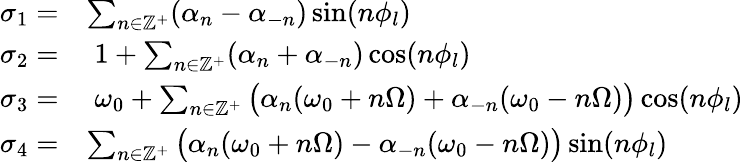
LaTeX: \begin{array}{rl}{\sigma_{1}=}&{\sum_{n\in\mathbb{Z}^{+}}(\alpha_{n}-\alpha_{-n})\sin(n\phi_{l})}\\ {\sigma_{2}=}&{\; 1+\sum_{n\in\mathbb{Z}^{+}}(\alpha_{n}+\alpha_{-n})\cos(n\phi_{l})}\\ {\sigma_{3}=}&{\; \omega_{0}+\sum_{n\in\mathbb{Z}^{+}}\big(\alpha_{n}(\omega_{0}+n\Omega)+\alpha_{-n}(\omega_{0}-n\Omega)\big)\cos(n\phi_{l})}\\ {\sigma_{4}=}&{\sum_{n\in\mathbb{Z}^{+}}\big(\alpha_{n}(\omega_{0}+n\Omega)-\alpha_{-n}(\omega_{0}-n\Omega)\big)\sin(n\phi_{l})}\end{array}